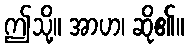
ဤသို့။ အာဟ၊ ဆို၏။